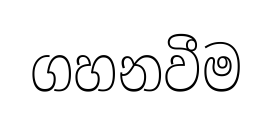
ගහනවීම